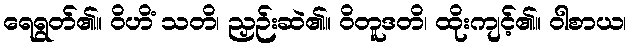
ရေရွတ်၏။ ဝိဟိံ သတိ၊ ညှဉ်းဆဲ၏။ ဝိတူဒတိ၊ ထိုးကျင့်၏။ ဝါစာယ၊